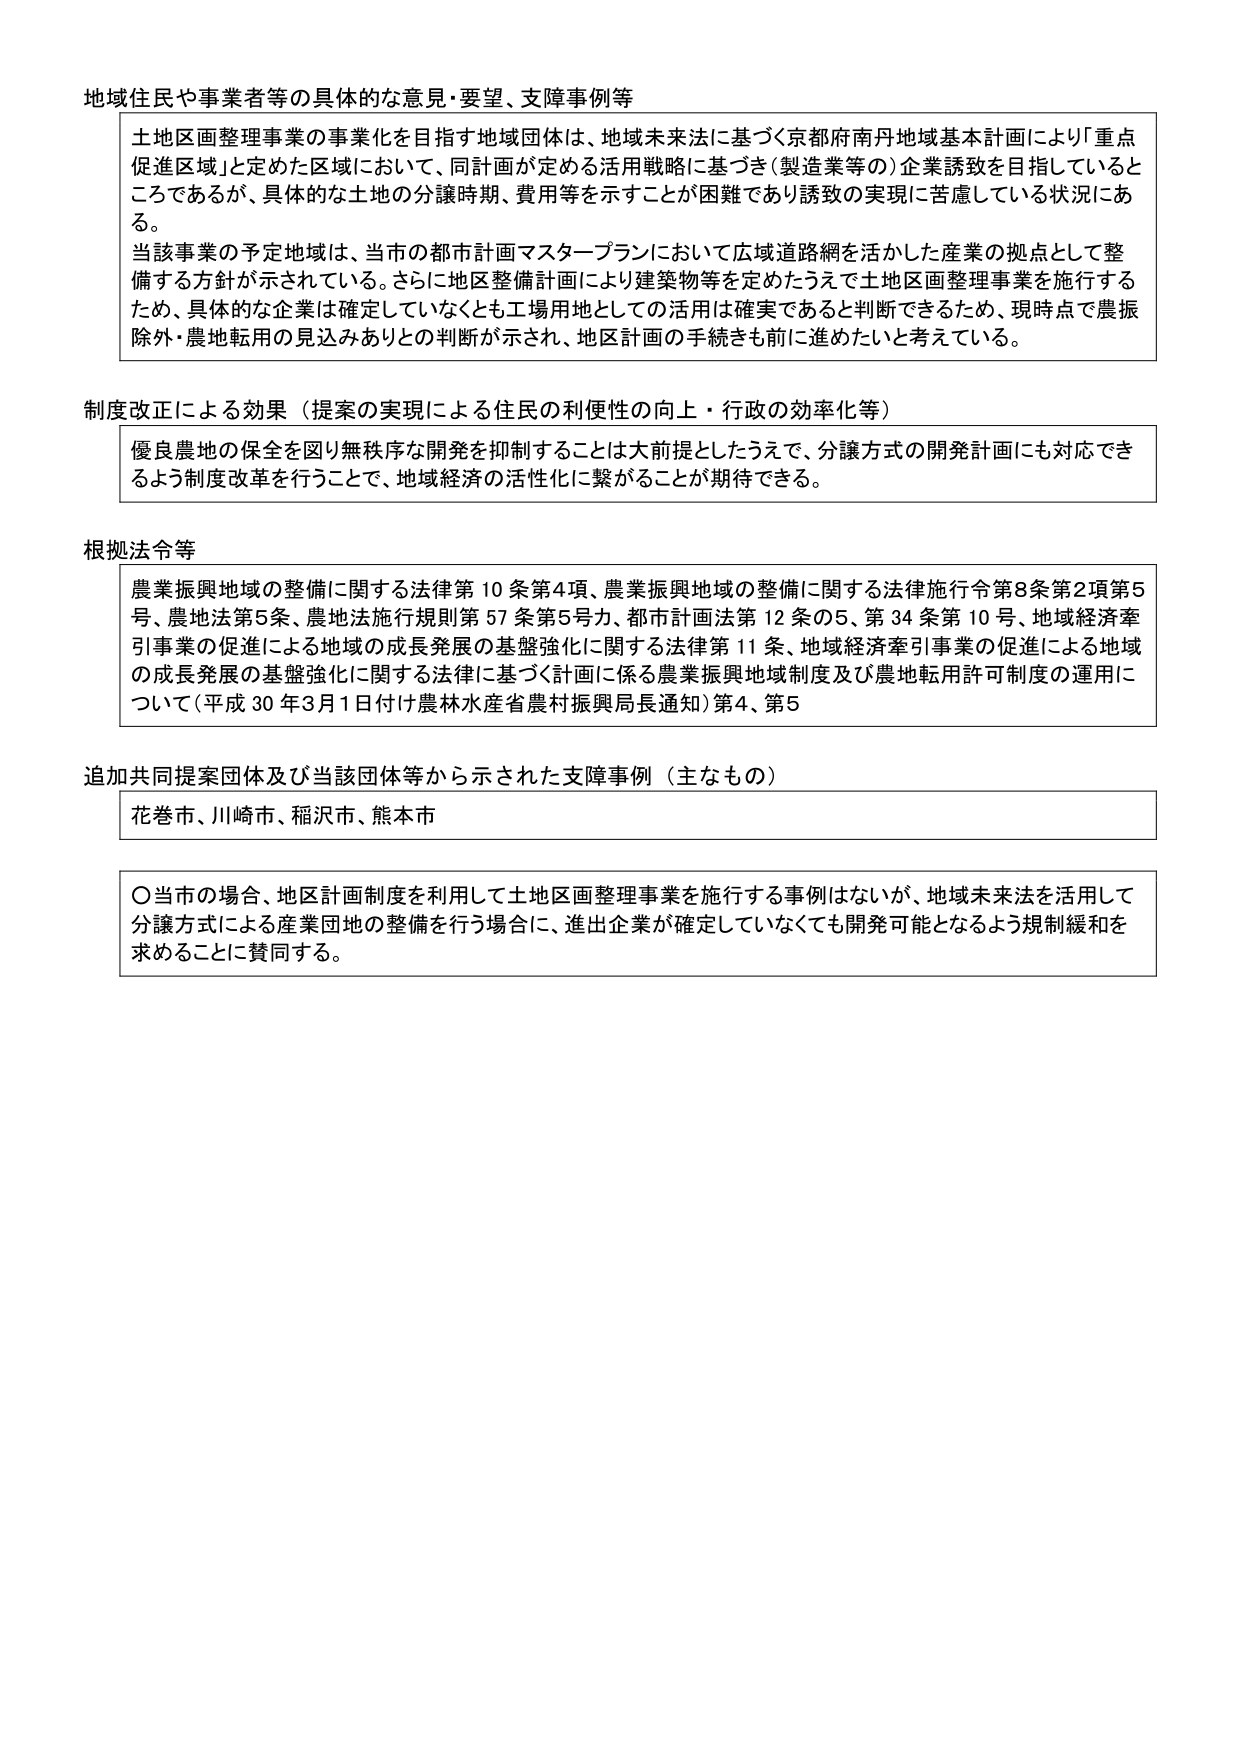
地域住民や事業者等の具体的な意見・要望、支障事例等

土地区画整理事業の事業化を目指す地域団体は、地域未来法に基づく京都府南丹地域基本計画により「重点促進区域」と定めた区域において、同計画が定める活用戦略に基づき（製造業等の）企業誘致を目指しているところであるが、具体的な土地の分譲時期、費用等を示すことが困難であり誘致の実現に苦慮している状況にある。

当該事業の予定地域は、当市の都市計画マスタープランにおいて広域道路網を活かした産業の拠点として整備する方針が示されている。さらに地区整備計画により建築物等を定めたうえで土地区画整理事業を施行するため、具体的な企業は確定していなくとも工場用地としての活用は確実であると判断できるため、現時点で農振除外・農地転用の見込みありとの判断が示され、地区計画の手続きも前に進めたいと考えている。

制度改正による効果（提案の実現による住民の利便性の向上・行政の効率化等）

優良農地の保全を図り無秩序な開発を抑制することは大前提としたうえで、分譲方式の開発計画にも対応できるよう制度改革を行うことで、地域経済の活性化に繋がることが期待できる。

根拠法令等

農業振興地域の整備に関する法律第10条第4項、農業振興地域の整備に関する法律施行令第8条第2項第5号、農地法第5条、農地法施行規則第57条第5号カ、都市計画法第12条の5、第34条第10号、地域経済牽引事業の促進による地域の成長発展の基盤強化に関する法律第11条、地域経済牽引事業の促進による地域の成長発展の基盤強化に関する法律に基づく計画に係る農業振興地域制度及び農地転用許可制度の運用について（平成30年3月1日付け農林水産省農村振興局長通知）第4、第5

追加共同提案団体及び当該団体等から示された支障事例（主なもの）

花巻市、川崎市、稲沢市、熊本市

〇当市の場合、地区計画制度を利用して土地区画整理事業を施行する事例はないが、地域未来法を活用して分譲方式による産業団地の整備を行う場合に、進出企業が確定していなくても開発可能となるよう規制緩和を求めるることに賛同する。